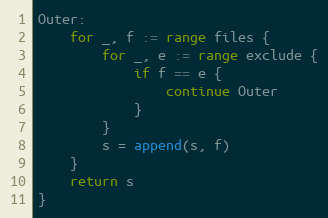
Language: Go
Outer:
	for _, f := range files {
		for _, e := range exclude {
			if f == e {
				continue Outer
			}
		}
		s = append(s, f)
	}
	return s
}